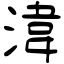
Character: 湋